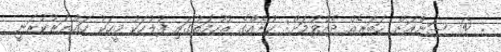
: @ ސަންއަށް ޚަބަރެއް ދެއްވުމަށް: ކުށެއްގެ ތުހުމަތުގައި ފުލުހަކު މީހަކު ހައްޔަރުކުރަނީ